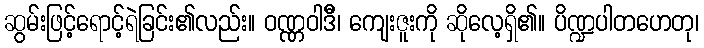
ဆွမ်းဖြင့်ရောင့်ရဲခြင်း၏လည်း။ ဝဏ္ဏဝါဒီိ၊ ကျေးဇူးကို ဆိုလေ့ရှိ၏။ ပိဏ္ဍပါတဟေတု၊